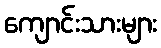
ကျောင်းသားများ